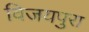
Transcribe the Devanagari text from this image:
विजयपुरा